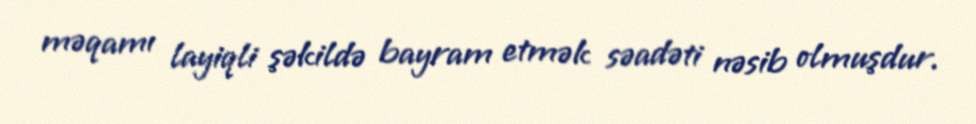
məqamı layiqli şəkildə bayram etmək səadəti nəsib olmuşdur.